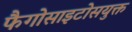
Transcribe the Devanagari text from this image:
फैगोसाइटोसयुक्त